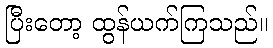
ပြီးတော့ ထွန်ယက်ကြသည်။